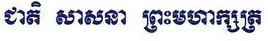
ជាតិ សាសនា ព្រះមហាក្សត្រ